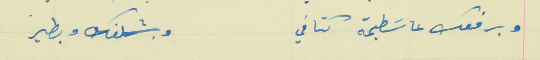
وبرفعك عاسَطيحة كتافي                                          وبشلفك وبطير